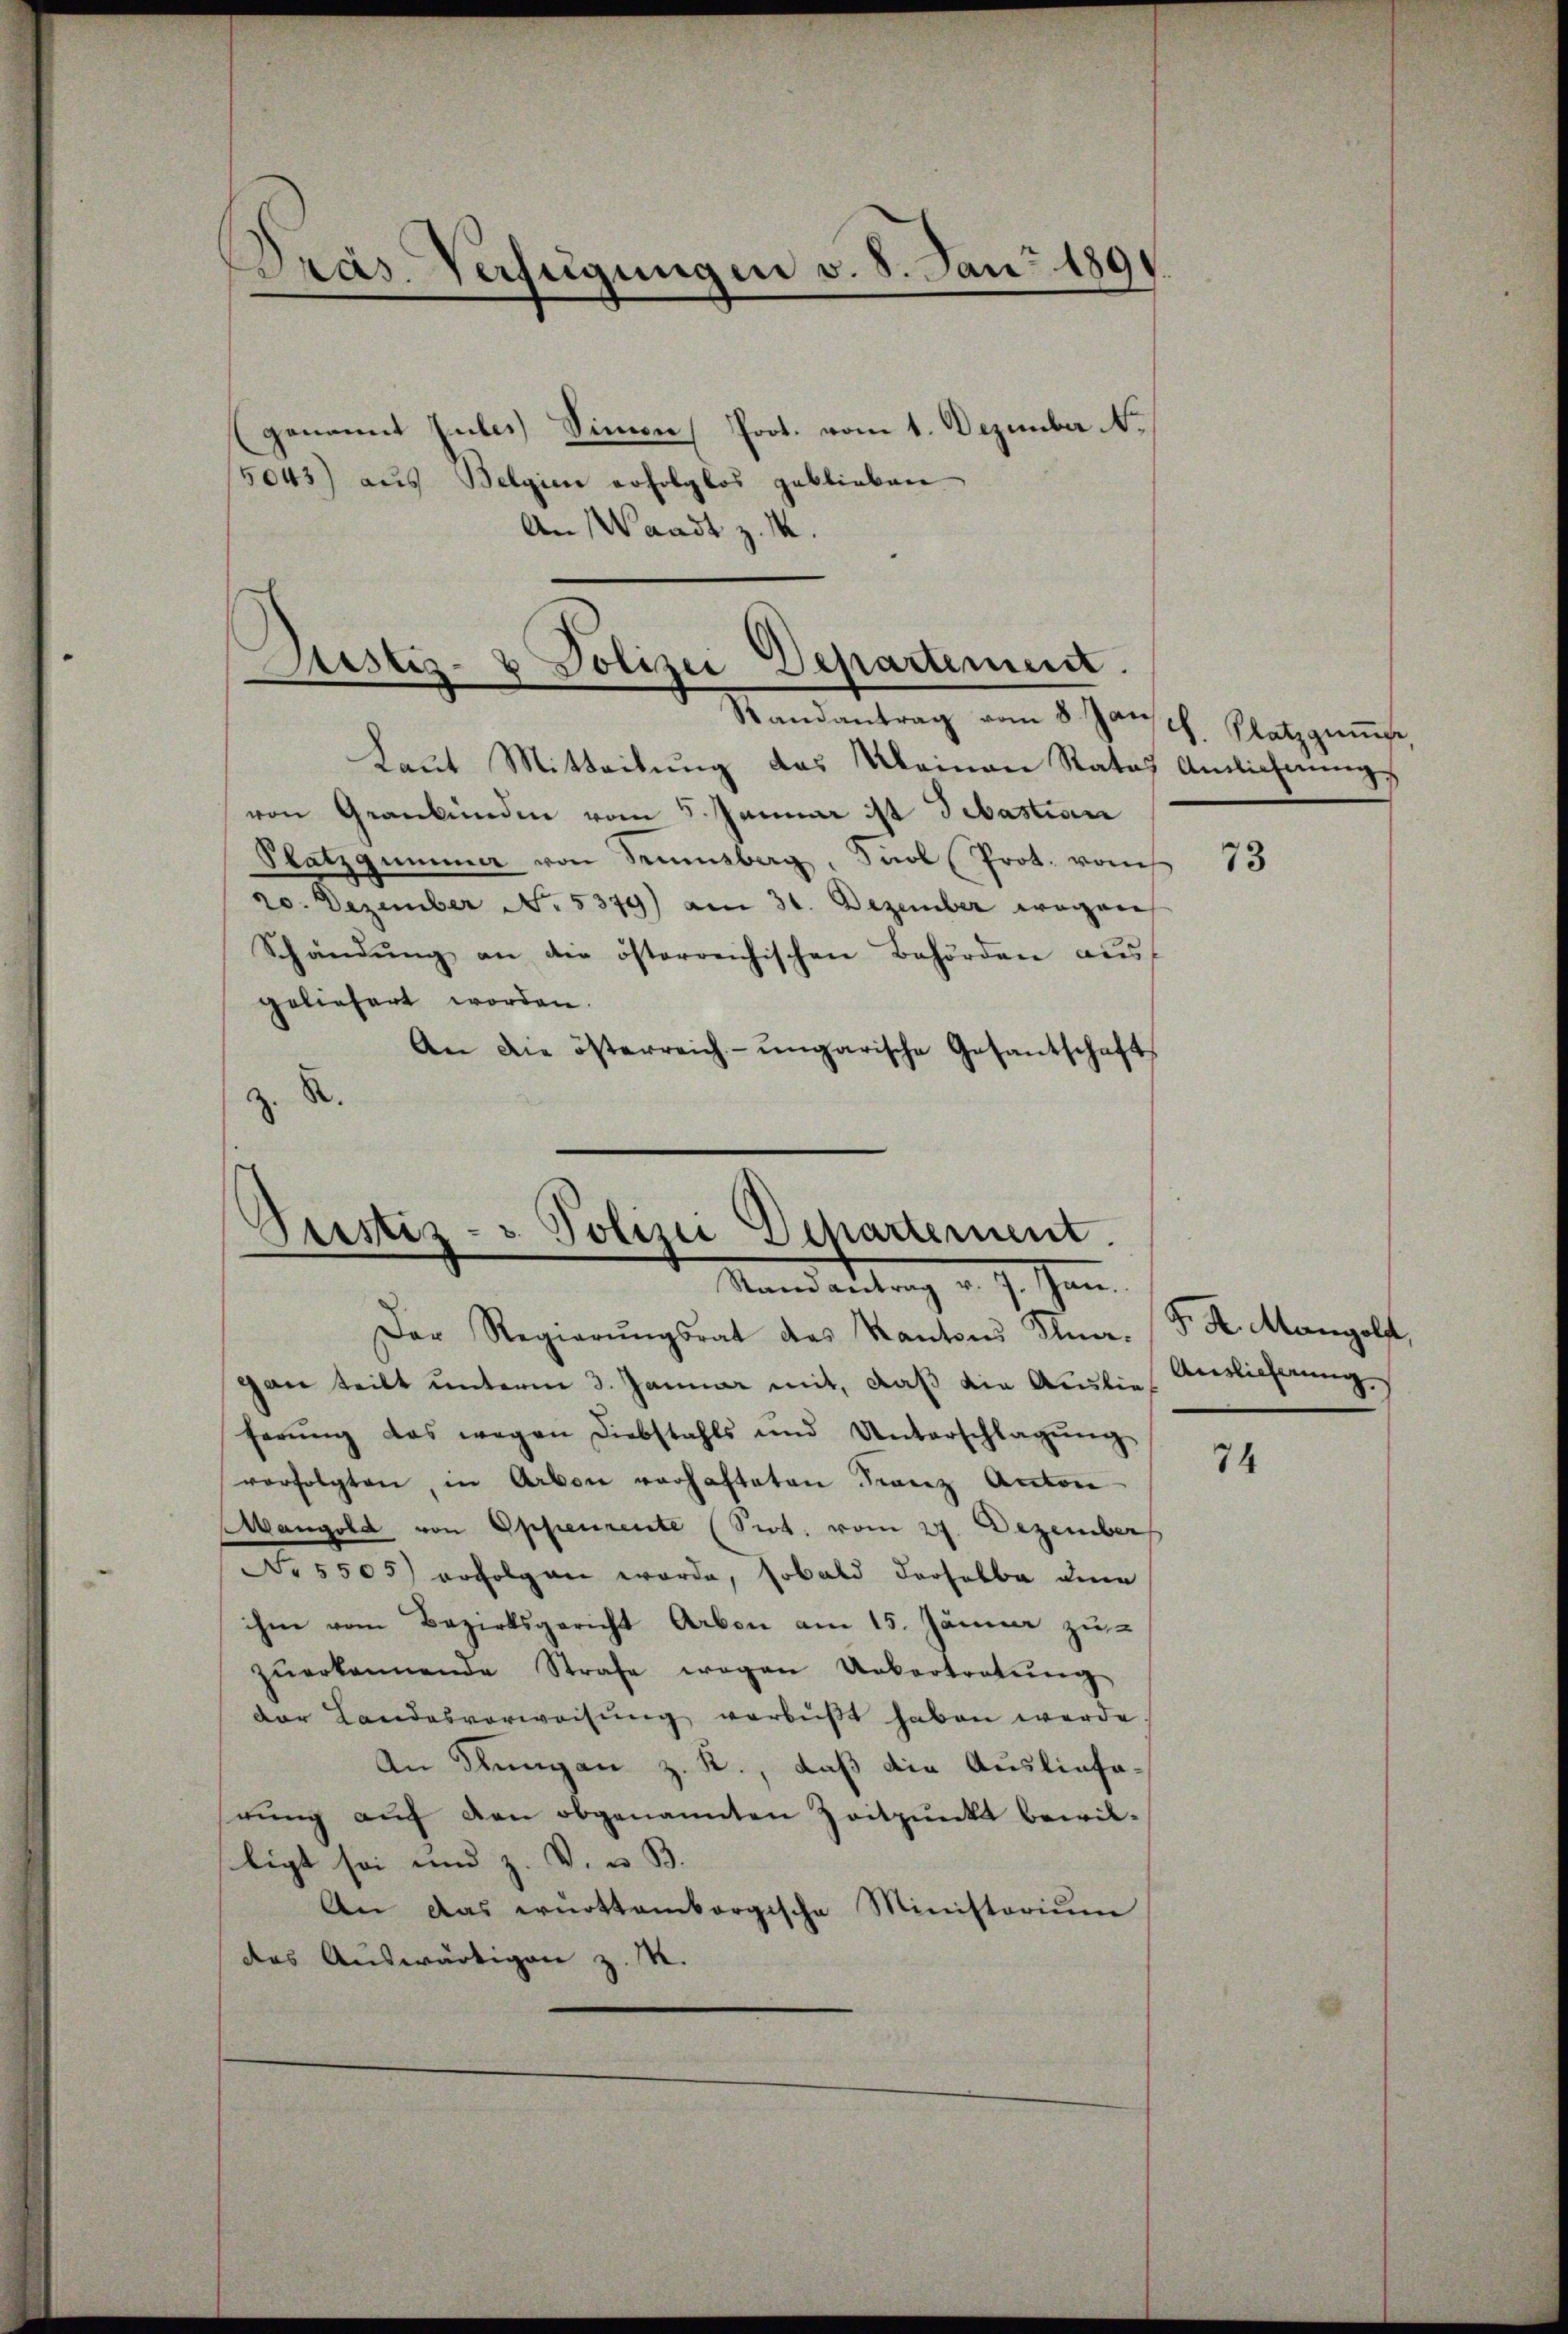
Dräs. Verfügungen v. 8. Jan. 1891.

genannt gutes) Simon Prot. vom 1. Dezember No
5043) aus Belgien erfolglos geblieben
An Waadt z. M.

tistis- & Polizei Departement.
d
Randantrag vom 8. Jan

Laut Mitteilung das Kleinen Rates Anlichnung
von Graubünden vom 5. Januar ist Sebastian
Platzgummer von Semesberg, Saal Prot. vom
20. Dezember N. 5379) am 31. Dezember wegen
Schändŭng an die österreichischen Behörden aŭs
geliefert worden.
An die österreich- ungarische Gesantschaft
.
z.

Pustiz- & Polizei Dehartement.
e
Mandantrag v. J. Jan.

Der Regierŭngsrat des Kantons Inner. (T. K. Mangold,
gan teilt unterm 3. Januar mit, daß die Auslie Auslieferung
ferŭng das wegen Diebstahls und Unterschlagŭng
verfolgten, in Arben verhafteten Franz Anton
Mangold von Appenrente (Sot. vom 27. Dezember
Nr 5505) erfolgen worde, sobald derselbe die
ihm vom Bezirksgericht Arben am 15. Jänner zu
zŭerkannende Strafe wegen Uebertretŭng
der Landesverweisung verbüßt haben werde
An Rungan z. R., daß die Auslieferung auf den obgenannten Zeitpunkt bewilligt sei und z. B. u. B
An das württembergische Ministoriŭm
das Auswärtigen z. M.

S. Platzgump

73

74